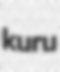
kuru